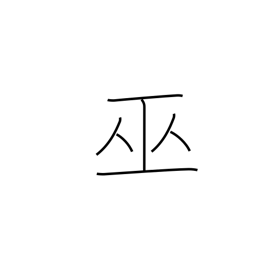
Meaning: shrine maiden